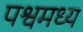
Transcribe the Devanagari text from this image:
पश्वमध्य